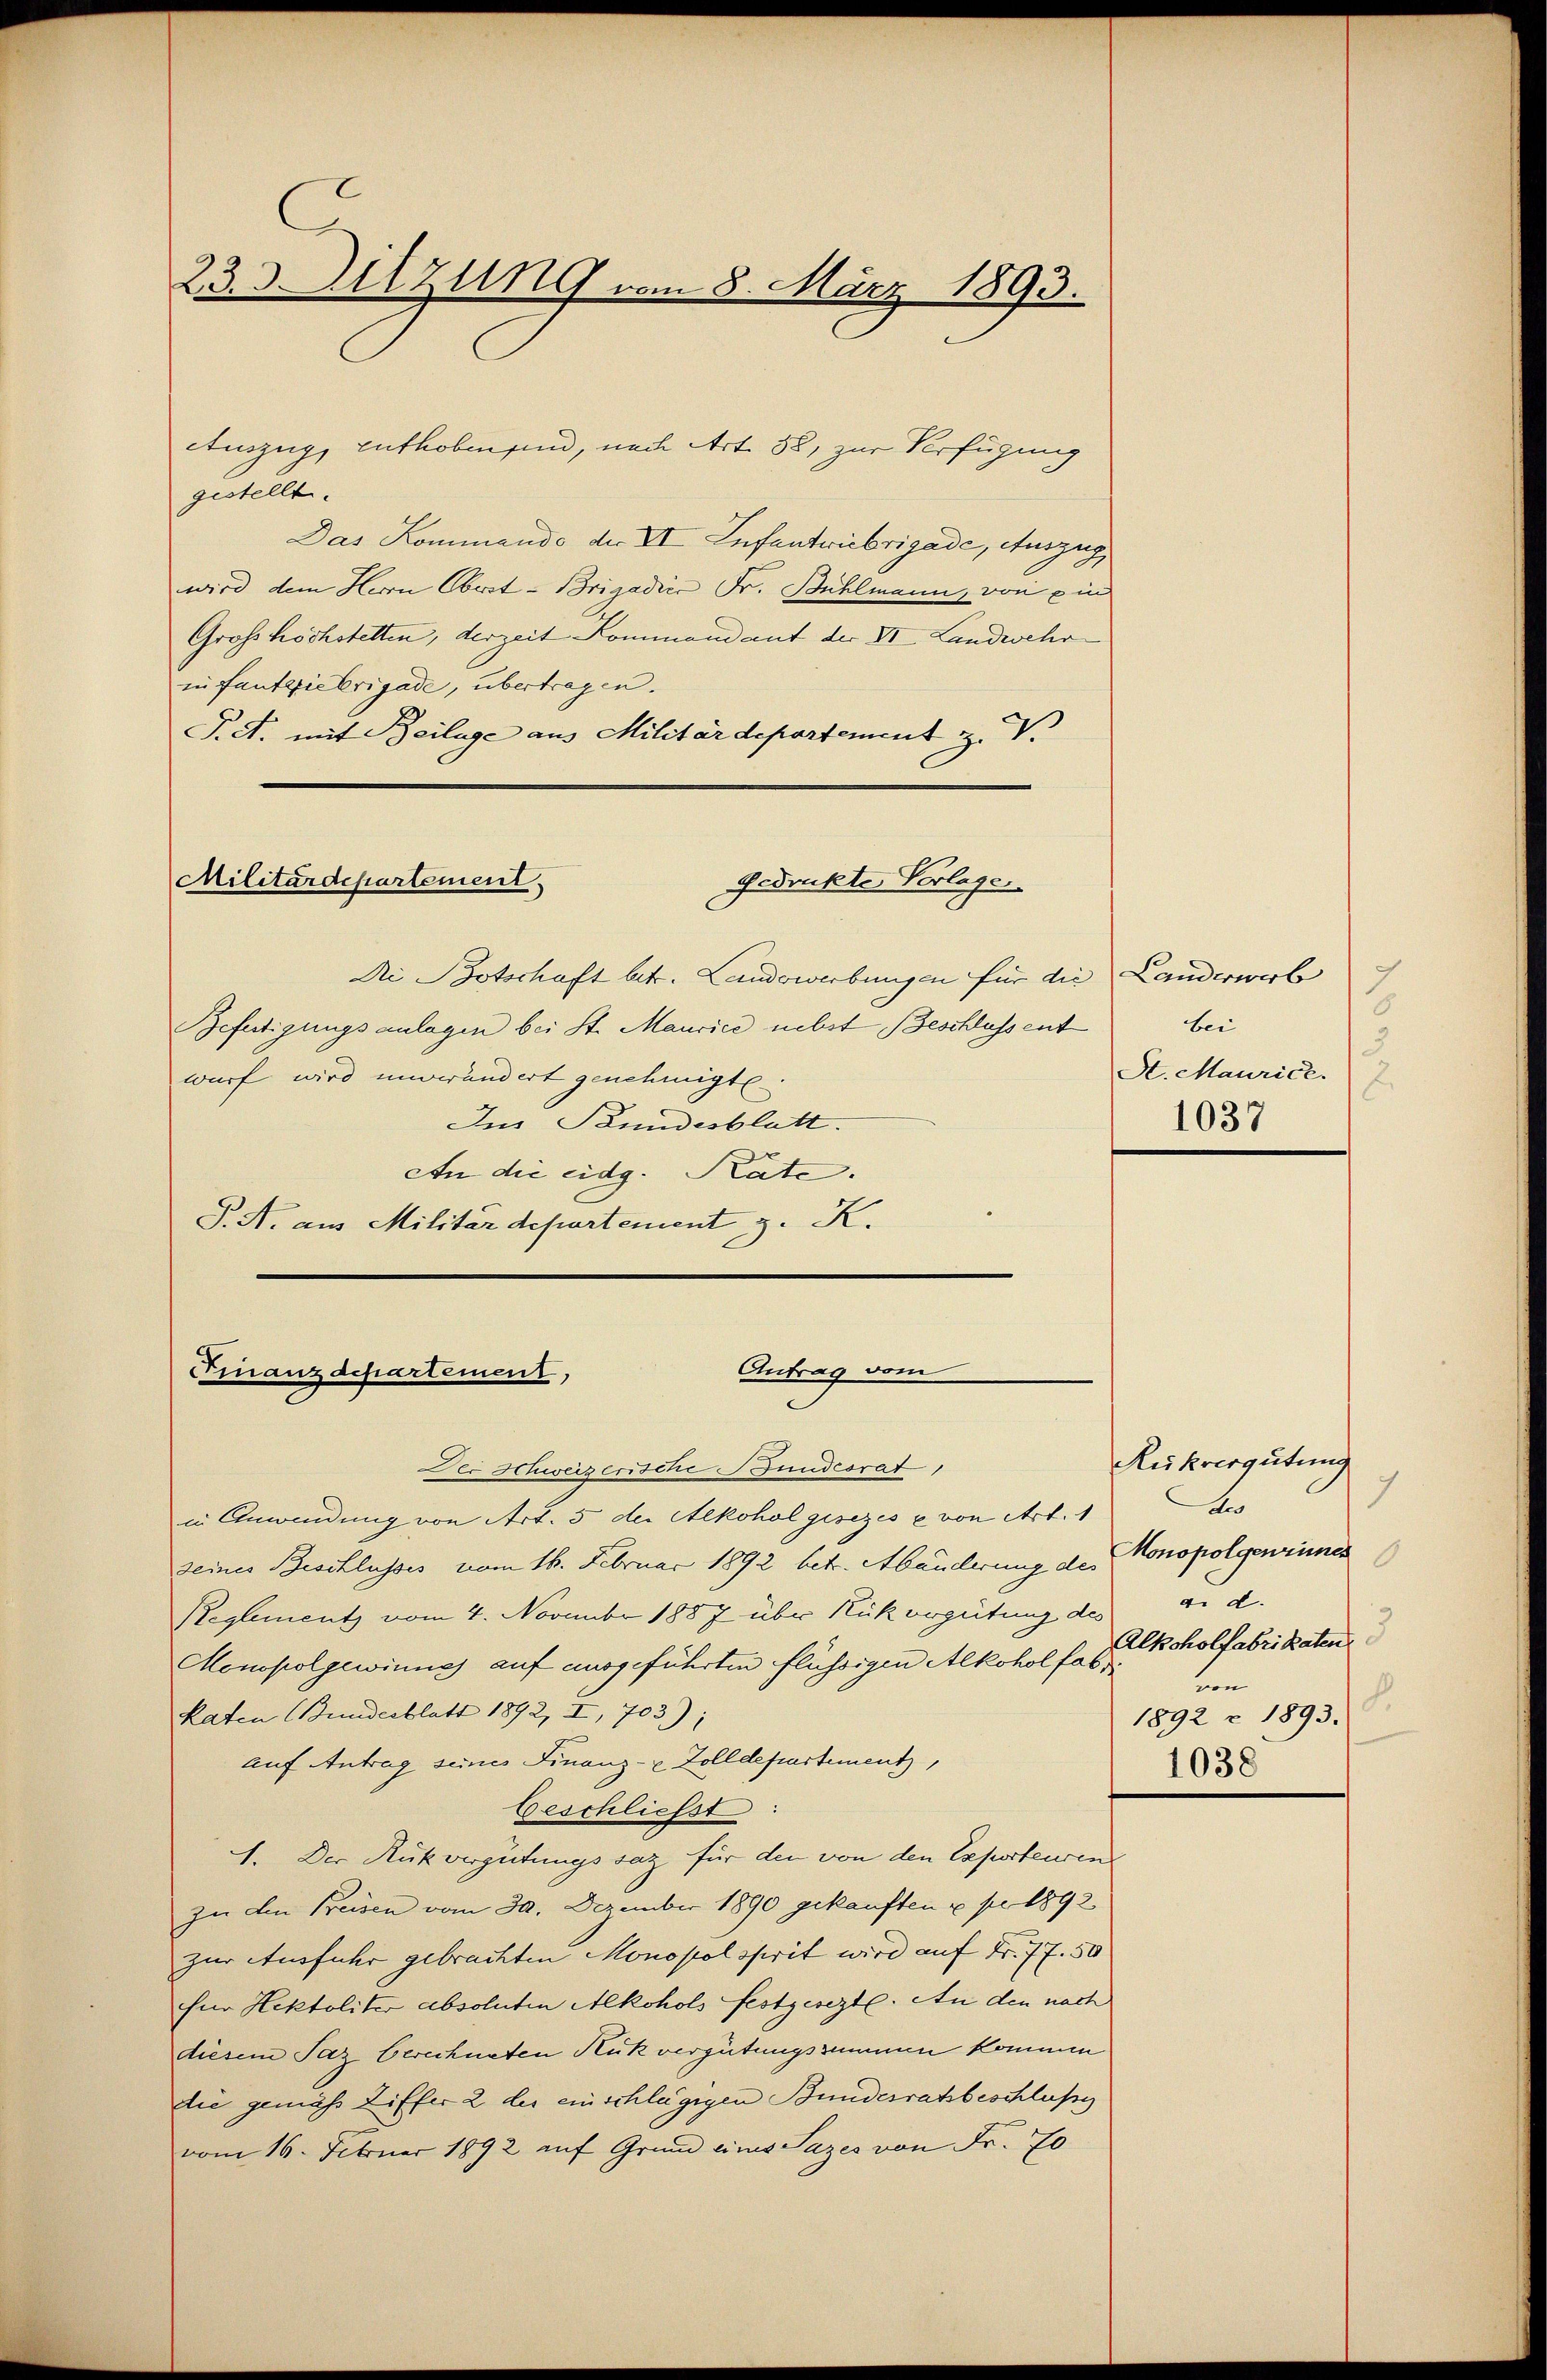
233. Sitzung vom 8. März 1893.

Auszug, Enthoben sind, nach Art. 58, zur Verfügung
gestellt.
Das Kommando der VI Iufentriebrigade, Auszug
wird dem Herrn Obert-Brigadice Fr. Bühlmann, von ein
Grosshöchstelten, derzeit Kommandant der VI Landwehr
in fantriebrigade, übertragen.
P.A. mit Beilage aus Militärdepartement z. V.

Militärdepartement
Gedruckte Verlage

Di Botschaft betr. Landerwerbungen für die
Befertigungsanlagen bei St. Maurice nebst Beschlussent
wurf wird unverändert genehmigt
Ins Bundesblatt.
An die eidg. Rate.
S. N. aus Militärdepartement z. K.

Antrag vom
Finanzdepartement,

Der Heiserische Gundesrat
in Anwendung von Art. 5 der Alkohol gesezes u. von Art. 1
seines Beschlusses vom 16. Februar 1892 betr. Abänderung des
Reglement vom 4. Novembr 1887 über Rükergütung des
Menopolgewinne auf ausgeführten flüssigen Alkoholfabr
Raten (Bundesblatt 1892, I, 703);
auf Antrag seines Finanz- & Zolldepartement,
beschliefst
1. Der Rückvergütungssaz für den von den Exporteuren
zu den Kreisen vom 30. Dezember 1890 gekauften u. pr 1892
zur Ausfuhr gebrachten Monopel sprit wird auf Fr. 77. 50
für Hektoliter absoluten Alkohols festgesezte. An den nach
diesem Jaz berechneten Kuk vergütungssummen kommen
die gemäss Ziffer 2 der einschlägigen Bundesratsbeschluße
vom 16. Februar 1892 auf Grund eines Sazes von Fr. 70

Landerb
d
bei
A. Maurice.
1037

Rükvergütung
7
An
Monopolgeneines
au d.
Alkoholfabrikaten
d
1892 - 1893.
1038